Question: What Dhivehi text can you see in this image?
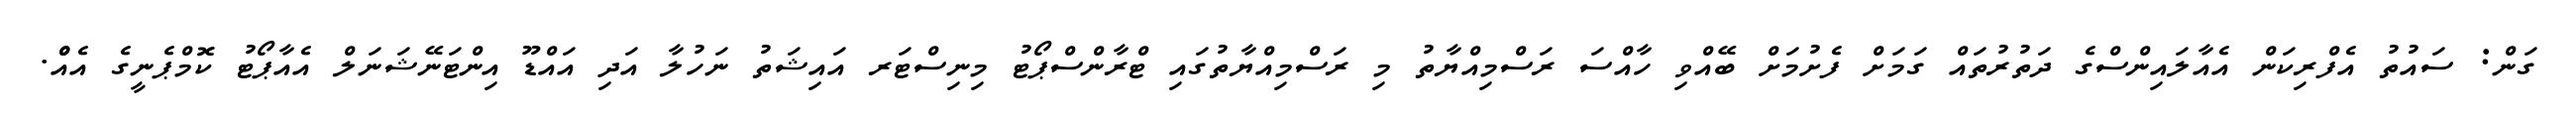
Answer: ގަން: ސައުތު އެފްރިކަން އެއާލައިންސްގެ ދަތުރުތައް ގަމަށް ފެށުމަށް ބޭއްވި ހާއްސަ ރަސްމިއްޔާތު މި ރަސްމިއްޔާތުގައި ޓްރާންސްޕޯޓު މިނިސްޓަރ އައިޝަތު ނަހުލާ އަދި އައްޑޫ އިންޓަނޭޝަނަލް އެއާޕޯޓު ކޮމްޕެނީގެ އެއްް.